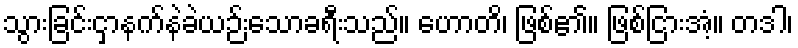
သွားခြင်းငှာနက်နဲခဲယဉ်းသောခရီးသည်။ ဟောတိ၊ ဖြစ်၏။ ဖြစ်ငြားအံ့။ တဒါ၊